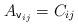
LaTeX: \begin{align*}A_{\mathsf{v}_{ij}} = C_{ij}\end{align*}